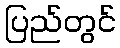
ပြည်တွင်